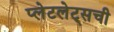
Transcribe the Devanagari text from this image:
प्लेटलेट्‌सची